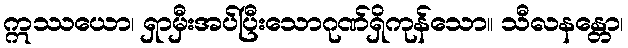
ဣဿယော၊ ရှာမှီးအပ်ပြီးသောဂုဏ်ရှိကုန်သော။ သီလနန္တော၊